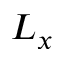
L _ { x }